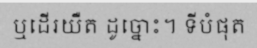
ឬដើរយឺត ដូច្នោះ។ ទីបំផុត